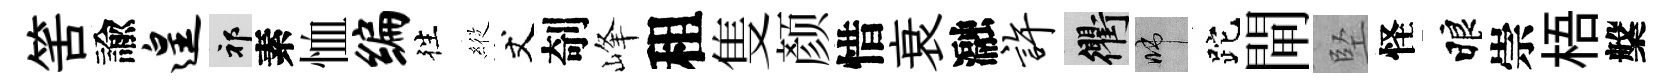
筈諭遑祁素恤编徃𦂵丈剞峰租隻颜惜衰瀜许衢啼跎閘堅怪睱崇梧槃